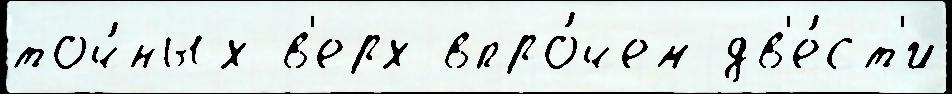
точ́ных в'ерх впро́чем дв'е́ст'и